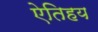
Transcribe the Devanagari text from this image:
ऐतिहय